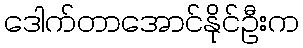
ဒေါက်တာအောင်နိုင်ဦးက